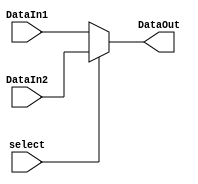
`timescale 1ns / 1ps
//////////////////////////////////////////////////////////////////////////////////
// Company: 
// Engineer: 
// 
// Design Name: 
// Module Name: Multiplexer32ForB
// Project Name: 
// Target Devices: 
// Tool Versions: 
// Description: 
// 
// Dependencies: 
// 
// Revision:
// Revision 0.01 - File Created
// Additional Comments:
// 
//////////////////////////////////////////////////////////////////////////////////


module Multiplexer32ForB(
    input select,
    input [31:0]DataIn1,
    input [31:0]DataIn2,
    output [31:0]DataOut
    );
    
    assign DataOut = select ? DataIn2 : DataIn1;
endmodule